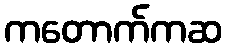
ကတောက်ကဆ